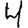
Digit: 4